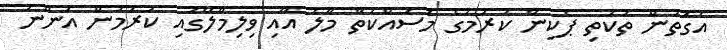
އެގޮތުން ތަކެތި ޕެކިން ކުރުމުގެ މަސައްކަތް މާލެ އާއި ވިލިމާލޭގައި ކުރަމުން އަންނަ